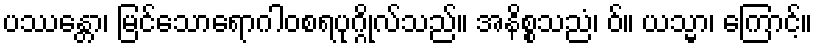
ပဿန္တော၊ မြင်သောရောဂါဝစရပုဂ္ဂိုလ်သည်။ အနိစ္စသညံ၊ ဝ်။ ယသ္မာ၊ ကြောင့်။